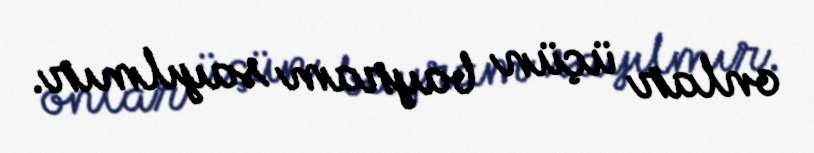
onlar üçün bayram sayılmır.